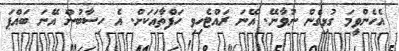
އެހެންވީމަ ގުޅިގެން ނުވާނޭ. އޭނަ ރައްޓެހިވި ހަފްތާއަކަށް. އެ ހިސާބުން އޭނަ ބައްޕަ